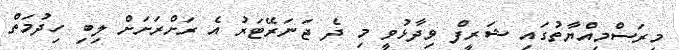
މިރަސްމިއްޔާތުގައި ޝަރީފް ވިދާޅުވީ މި ދެ ޖަނަރޭޓަރު އެ ރަށްރަށަށް ލިބި ހިދުމަތް